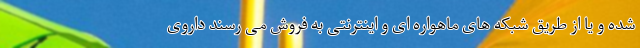
شده و یا از طریق شبکه های ماهواره ای و اینترنتی به فروش می رسند داروی